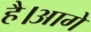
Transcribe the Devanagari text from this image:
है।आगे